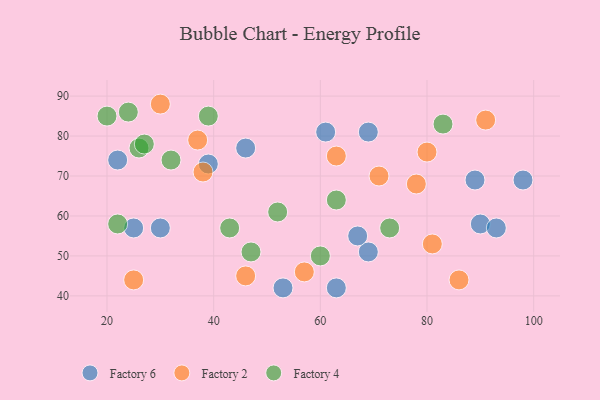
{"axis": {"x": "GDP", "y": "Life Expectancy"}, "legend": ["Factory 2", "Factory 4", "Factory 6"], "data": [{"x": "63", "y": 42, "type": "Factory 6"}, {"x": "39", "y": 73, "type": "Factory 6"}, {"x": "98", "y": 69, "type": "Factory 6"}, {"x": "25", "y": 57, "type": "Factory 6"}, {"x": "22", "y": 74, "type": "Factory 6"}, {"x": "30", "y": 57, "type": "Factory 6"}, {"x": "90", "y": 58, "type": "Factory 6"}, {"x": "69", "y": 51, "type": "Factory 6"}, {"x": "61", "y": 81, "type": "Factory 6"}, {"x": "67", "y": 55, "type": "Factory 6"}, {"x": "93", "y": 57, "type": "Factory 6"}, {"x": "46", "y": 77, "type": "Factory 6"}, {"x": "69", "y": 81, "type": "Factory 6"}, {"x": "89", "y": 69, "type": "Factory 6"}, {"x": "53", "y": 42, "type": "Factory 6"}, {"x": "63", "y": 75, "type": "Factory 2"}, {"x": "38", "y": 71, "type": "Factory 2"}, {"x": "30", "y": 88, "type": "Factory 2"}, {"x": "78", "y": 68, "type": "Factory 2"}, {"x": "91", "y": 84, "type": "Factory 2"}, {"x": "25", "y": 44, "type": "Factory 2"}, {"x": "80", "y": 76, "type": "Factory 2"}, {"x": "57", "y": 46, "type": "Factory 2"}, {"x": "86", "y": 44, "type": "Factory 2"}, {"x": "71", "y": 70, "type": "Factory 2"}, {"x": "37", "y": 79, "type": "Factory 2"}, {"x": "46", "y": 45, "type": "Factory 2"}, {"x": "81", "y": 53, "type": "Factory 2"}, {"x": "52", "y": 61, "type": "Factory 4"}, {"x": "22", "y": 58, "type": "Factory 4"}, {"x": "39", "y": 85, "type": "Factory 4"}, {"x": "20", "y": 85, "type": "Factory 4"}, {"x": "24", "y": 86, "type": "Factory 4"}, {"x": "73", "y": 57, "type": "Factory 4"}, {"x": "26", "y": 77, "type": "Factory 4"}, {"x": "47", "y": 51, "type": "Factory 4"}, {"x": "27", "y": 78, "type": "Factory 4"}, {"x": "43", "y": 57, "type": "Factory 4"}, {"x": "63", "y": 64, "type": "Factory 4"}, {"x": "60", "y": 50, "type": "Factory 4"}, {"x": "83", "y": 83, "type": "Factory 4"}, {"x": "32", "y": 74, "type": "Factory 4"}]}